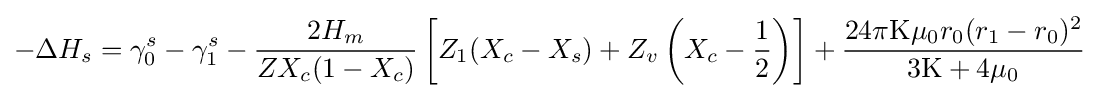
-\Delta H_{s}=\gamma _{0}^{s}-\gamma _{1}^{s}-{\frac {2H_{m}}{ZX_{c}(1-X_{c})}}\left[Z_{1}(X_{c}-X_{s})+Z_{v}\left(X_{c}-{\frac {1}{2}}\right)\right]+{\frac {24\pi \mathrm {K} \mu _{0}r_{0}(r_{1}-r_{0})^{2}}{3\mathrm {K} +4\mu _{0}}}